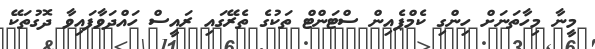
މީނާ މިހާތަނަށް ހިންގި ކެމްޕެއިން ސްޓަންޓް ތަކުގެ ތެރޭގައި ރައީސް ހައްދަވާފައިވާ ދޮގުތަކޭ